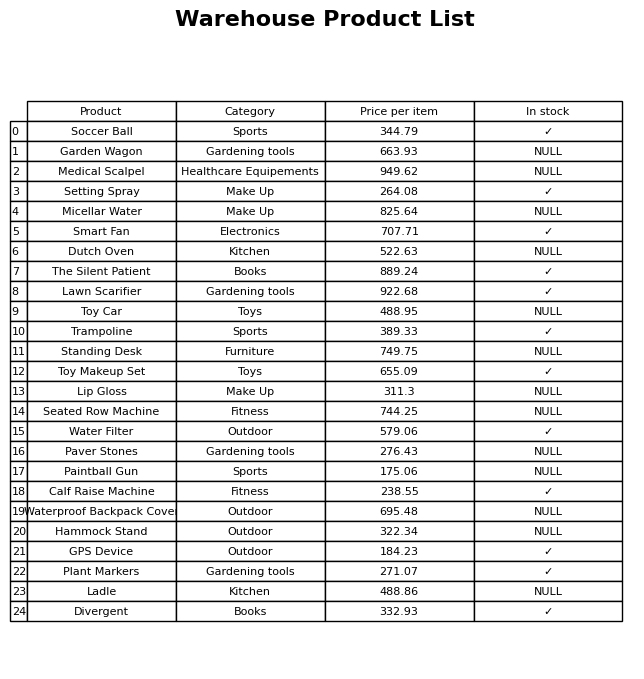
question: What is the price for Calf Raise Machine?
answer: The price of Calf Raise Machine is 238.55.